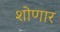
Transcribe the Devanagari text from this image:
शोणार